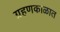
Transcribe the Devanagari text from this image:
ग्रहणकाळात